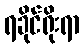
ရခိုင်ရိုးရာ